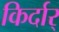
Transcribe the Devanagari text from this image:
किर्दार्